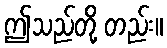
ဤသည်တို့ တည်း။